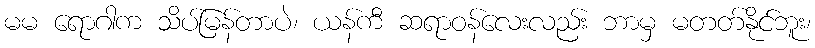
မမ ရောဂါက သိပ်မြန်တာပဲ၊ ယန်ကီ ဆရာဝန်လေးလည်း ဘာမှ မတတ်နိုင်ဘူး၊